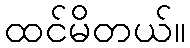
ထင်မိတယ်။